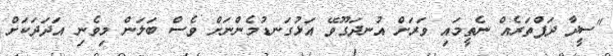
"ސީދާ ދަފްތަރެއް ނެތީމައި ވަރަށް އުނދަގޫވޭ އަޅުގަނޑުމެންނަށް ވެސް ބަލަން މިވެނި އަދަދަކަށް